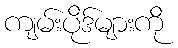
ကျမ်းပိုဒ်များကို